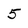
Character: 5